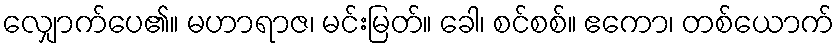
လျှောက်ပေ၏။ မဟာရာဇ၊ မင်းမြတ်။ ခေါ၊ စင်စစ်။ ဧကော၊ တစ်ယောက်